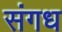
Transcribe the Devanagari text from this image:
संगध